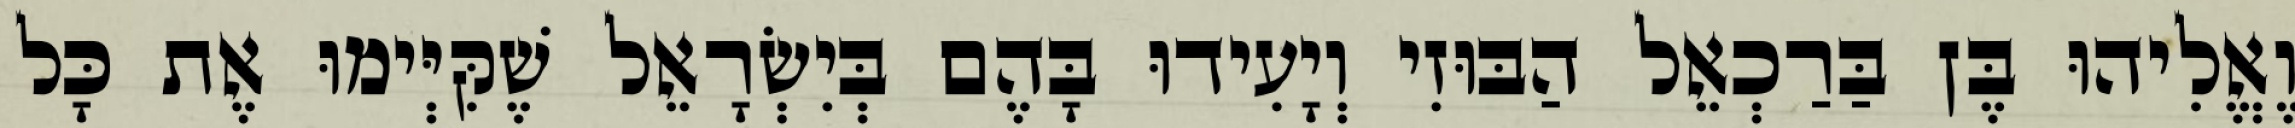
וֶאֱלִיהוּ בֶּן בַּרַכְאֵל הַבּוּזִי וְיָעִידוּ בָּהֶם בְּיִשְׂרָאֵל שֶׁקִּיְּימוּ אֶת כָּל